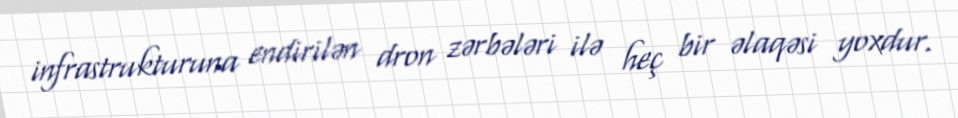
infrastrukturuna endirilən dron zərbələri ilə heç bir əlaqəsi yoxdur.